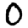
Digit: 0